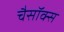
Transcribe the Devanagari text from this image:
चैसॉक्स